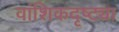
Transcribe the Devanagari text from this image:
वांशिकदृष्ट्या